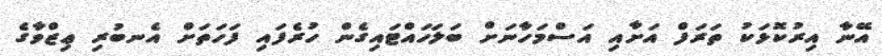
އޭނާ އިރުކޮޅަކު ތަރަފް އަށާއި އަސްމަހާނަށް ބަލަހައްޓައިގެން ހުރެފައި ފަހަތަށް އެނބުރި ޢިޒްވާގެ